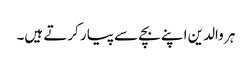
ہر والدین اپنے بچے سے پیار کرتے ہیں۔